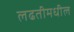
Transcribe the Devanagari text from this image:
लढतीमधील